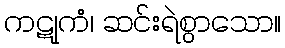
ကဋုကံ၊ ဆင်းရဲစွာသော။